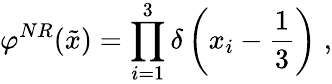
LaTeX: \varphi^{NR}(\tilde{x})=\prod_{i=1}^{3}\delta\left(x_{i}-\frac{1}{3}\right)\; ,